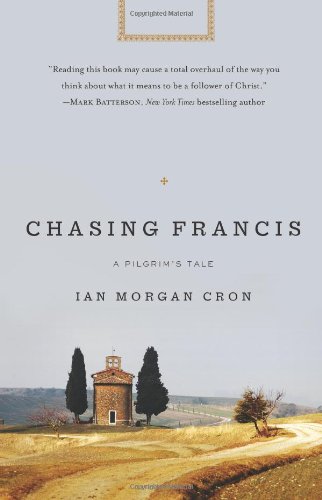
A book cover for Chasing Francis: A Pilgrim's Tale; Ian Morgan Cron; Christian Books & Bibles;